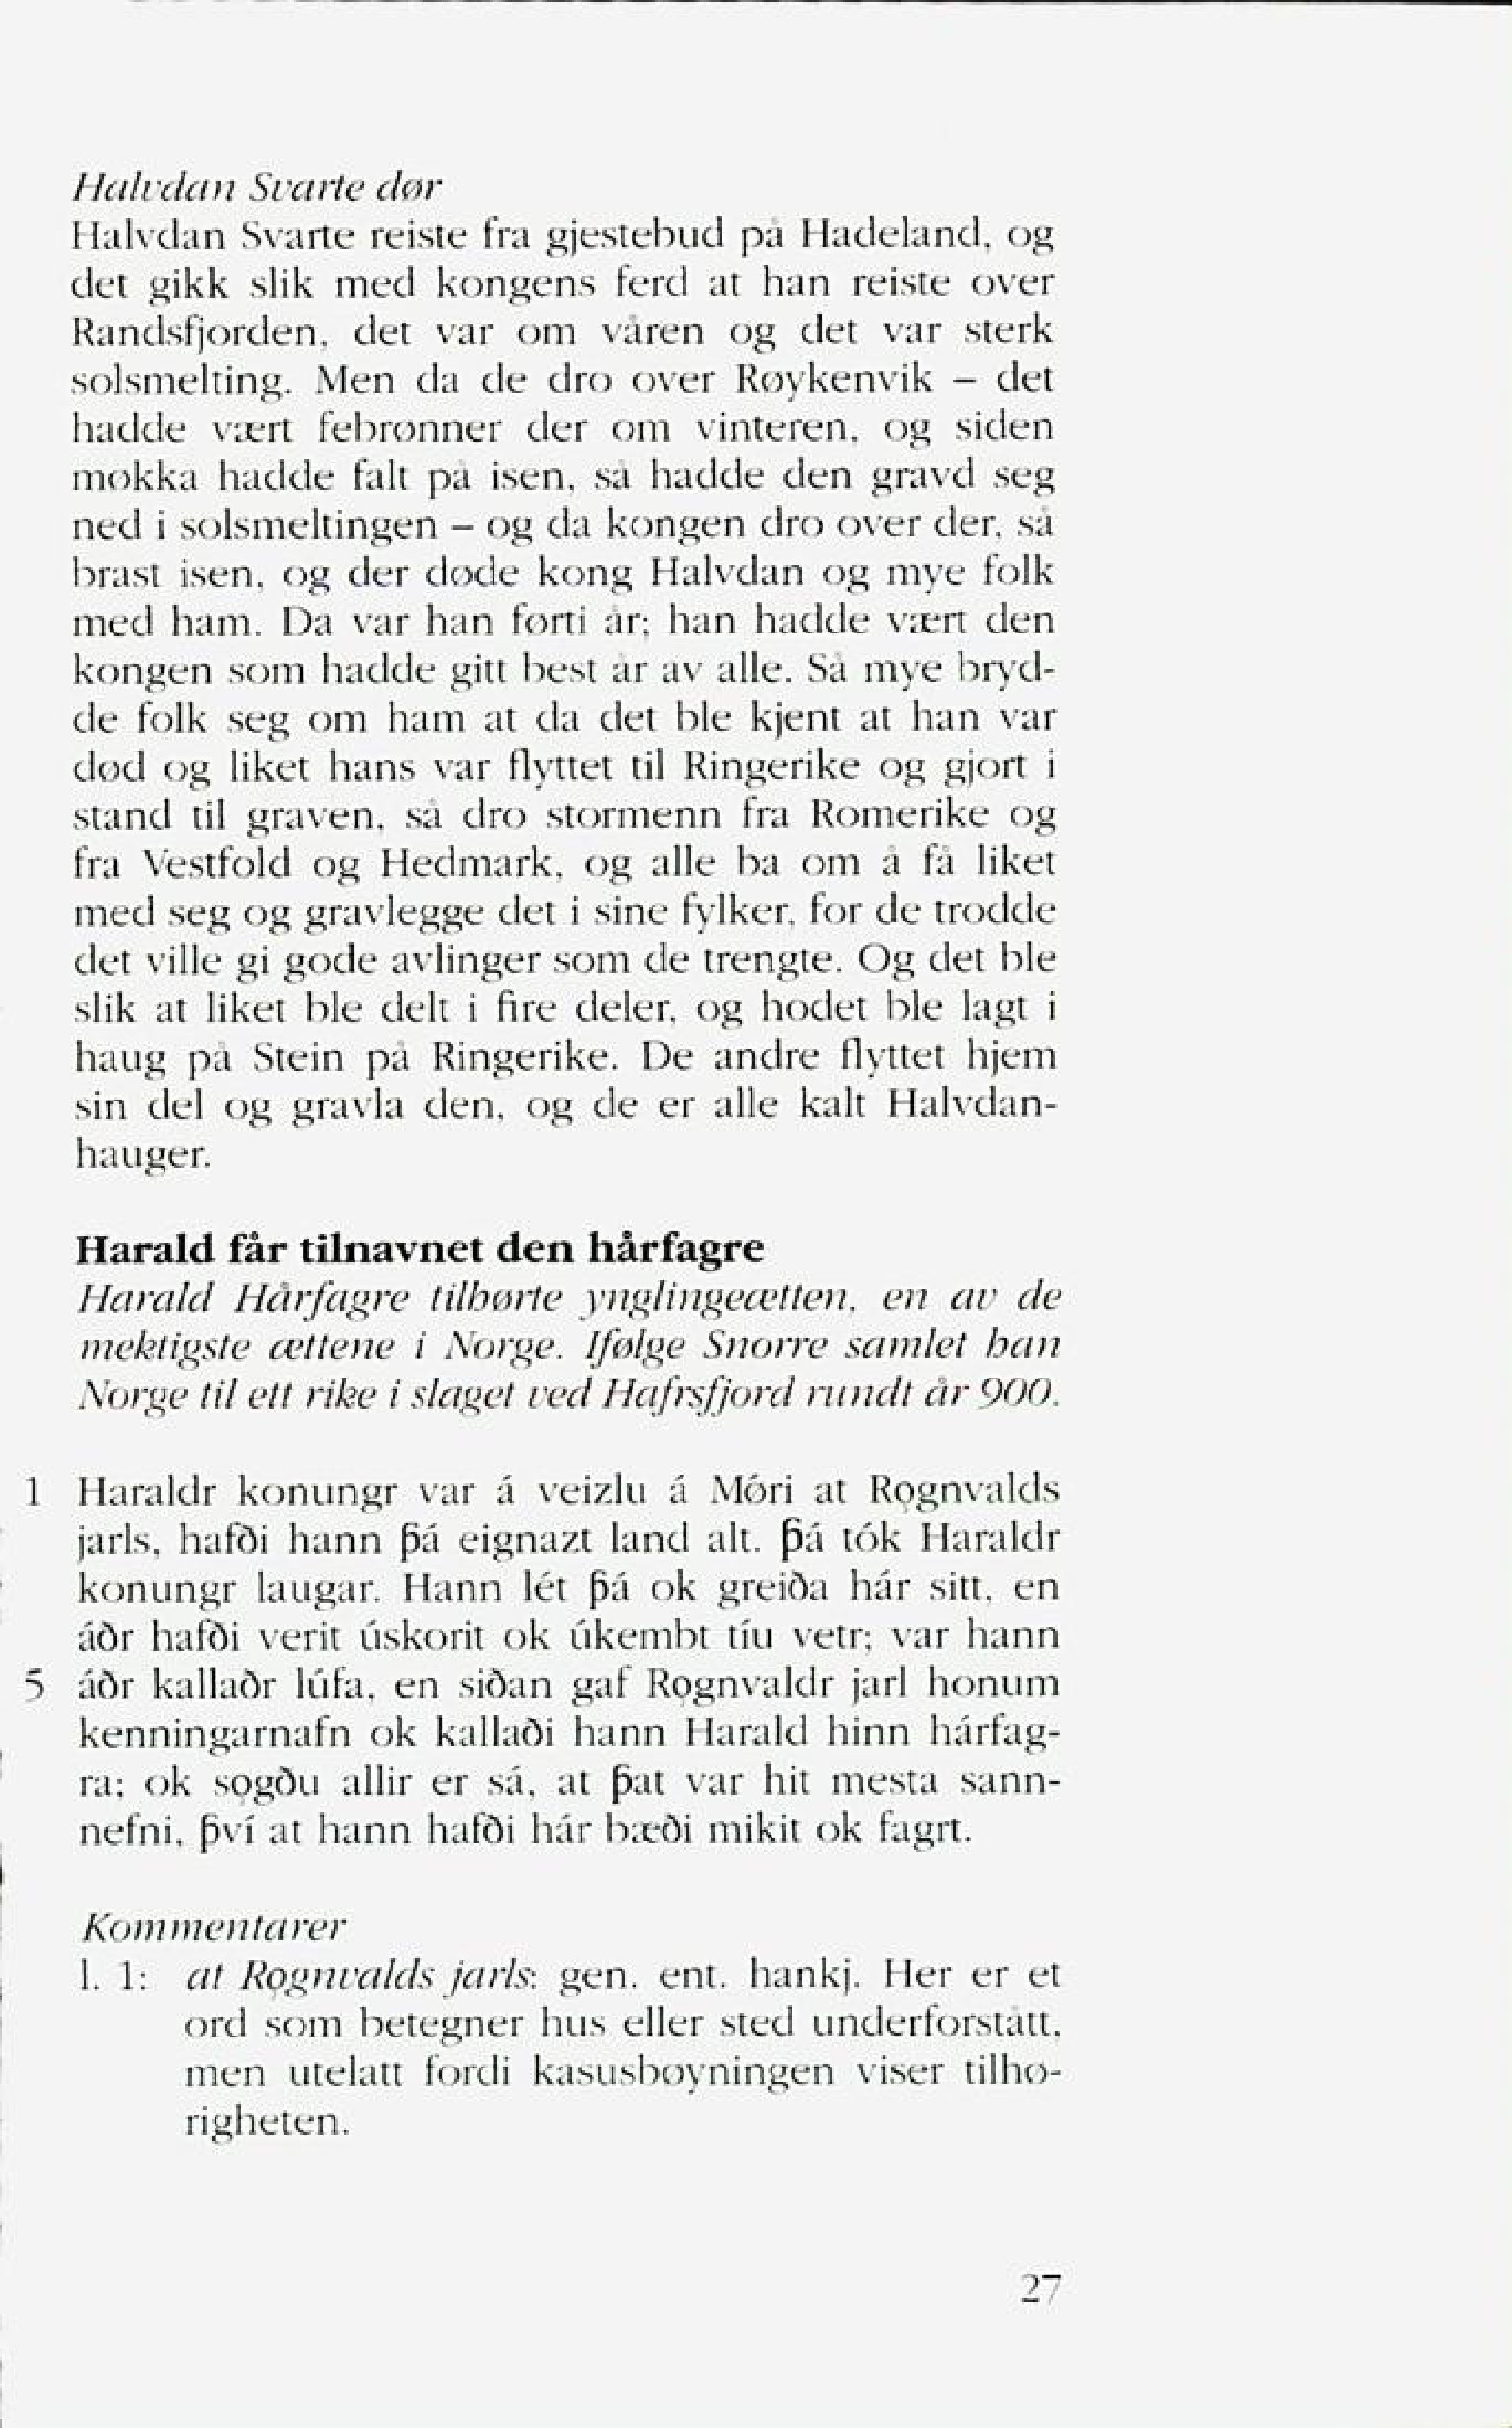
Language: no